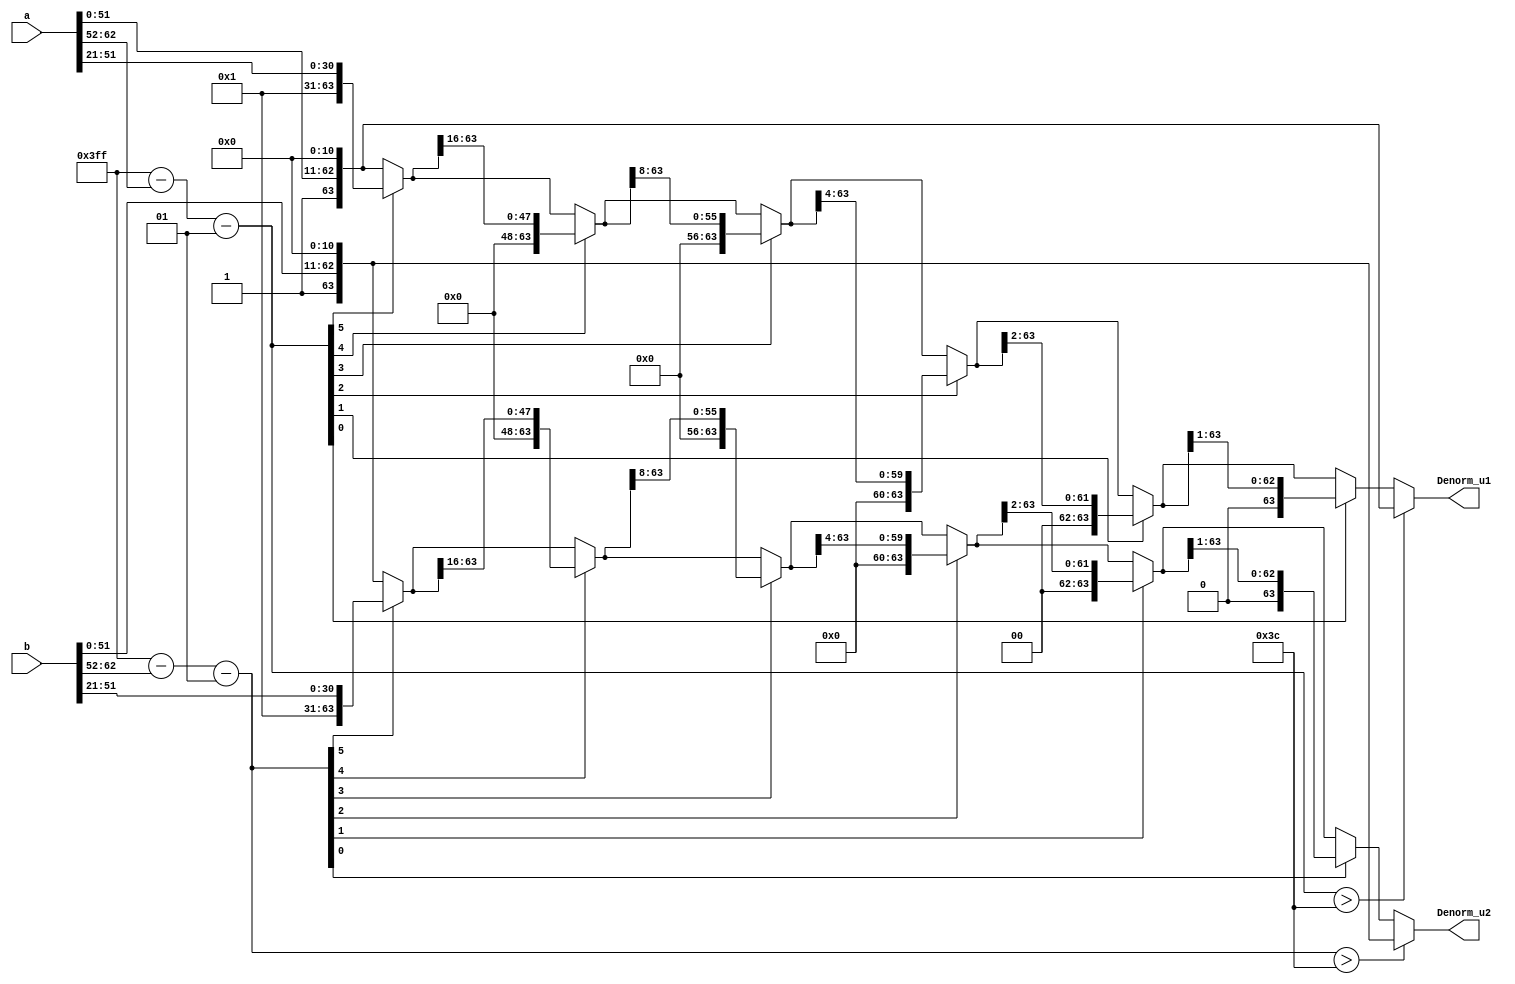
`timescale 1 ns/1 ps


module Denormilization(input [63:0]a, // U1
			input [63:0]b,  //
			output [63:0] Denorm_u1,
			output [63:0] Denorm_u2 );

parameter fbw = 104;
parameter [fbw:0] zero= 0;


reg [63:0] fractA,fractB;
reg [10:0] expA,expB;
integer expA_temp,expB_temp,expA_eff,expB_eff;

 assign Denorm_u1 = fractA;
 assign Denorm_u2 = fractB;

always @(*)
begin 

  expA   = a[62:52];
  expB   = b[62:52];
  fractA = {1'b1,a[51:0],11'b0};
  fractB = {1'b1,b[51:0],11'b0};
  expA_temp = expA;
  expB_temp = expB;
  expA_eff = 1023 - expA_temp-1;
  expB_eff = 1023 - expB_temp-1;

  if(expA_eff > 60)
  begin 
    fractA = fractA;

  end	

  else 
  begin 
    fractA=(expA_eff[5])?{32'b0,fractA[63:32]}: {fractA};
    fractA=(expA_eff[4])?{16'b0,fractA[63:16]}: {fractA};
    fractA=(expA_eff[3])?{ 8'b0,fractA[63:8 ]}: {fractA};
    fractA=(expA_eff[2])?{ 4'b0,fractA[63:4 ]}: {fractA};
    fractA=(expA_eff[1])?{ 2'b0,fractA[63:2 ]}: {fractA};
    fractA=(expA_eff[0])?{ 1'b0,fractA[63:1 ]}: {fractA};
   end 
 if(expB_eff > 60)
  begin 
  fractB = fractB;
   end	
  else 
   begin 
    fractB=(expB_eff[5])?{32'b0,fractB[63:32]}: {fractB};
    fractB=(expB_eff[4])?{16'b0,fractB[63:16]}: {fractB};
    fractB=(expB_eff[3])?{ 8'b0,fractB[63:8 ]}: {fractB};
    fractB=(expB_eff[2])?{ 4'b0,fractB[63:4 ]}: {fractB};
    fractB=(expB_eff[1])?{ 2'b0,fractB[63:2 ]}: {fractB};
    fractB=(expB_eff[0])?{ 1'b0,fractB[63:1 ]}: {fractB};
   
  
   end 
end 

 
endmodule